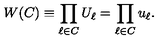
W ( C ) \equiv \prod _ { \ell \in C } U _ { \ell } = \prod _ { \ell \in C } u _ { \ell } .